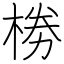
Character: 椦